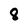
Character: 8